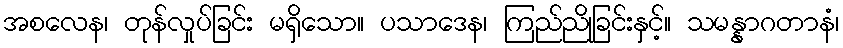
အစလေန၊ တုန်လှုပ်ခြင်း မရှိသော။ ပသာဒေန၊ ကြည်ညိုခြင်းနှင့်။ သမန္နာဂတာနံ၊